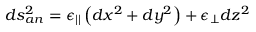
d s _ { a n } ² = \epsilon _ { | | } \left( d x ^ { 2 } + d y ^ { 2 } \right) + \epsilon _ { \perp } d z ^ { 2 }